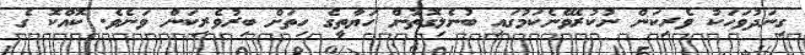
ގިނަދުވަހަކު ވެރިކަން ނުކުރެވޭނެކަމުގައި ބުނެލިގޮތުން ހަޔާތީގެ ހިތަށް ބިރުވެރިކަން ވަނެވެ. ކޮއްކޮ ގެ